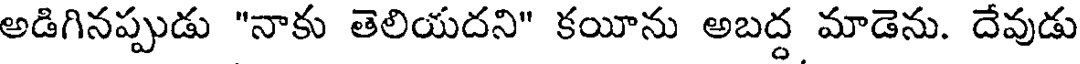
అడిగినప్పుడు "నాకు తెలియదని" కయీను అబద్ద మాడెను. దేవుడు